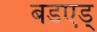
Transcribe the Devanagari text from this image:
बडएड्